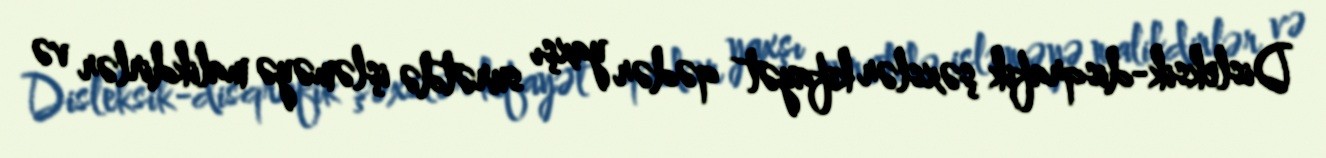
Disleksik-disqrafik şəxslər kifayət qədər yaxşı surətdə işləməyə malikdirlər və